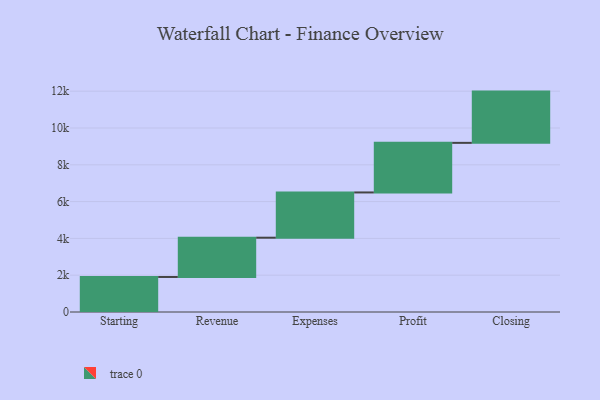
{"axis": {"x": "Step", "y": "Value"}, "legend": [""], "data": [{"x": "Starting", "y": 1904.0, "type": ""}, {"x": "Revenue", "y": 2134.0, "type": ""}, {"x": "Expenses", "y": 2459.0, "type": ""}, {"x": "Profit", "y": 2695.0, "type": ""}, {"x": "Closing", "y": 2786.0, "type": ""}]}